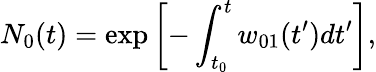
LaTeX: N_{0}(t)=\exp\left[-\int_{t_{0}}^{t}w_{01}(t^{\prime})dt^{\prime}\right],